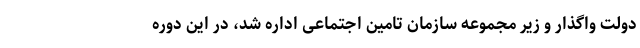
دولت واگذار و زیر مجموعه سازمان تامین اجتماعی اداره شد، در این دوره